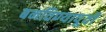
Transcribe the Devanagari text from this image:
बनविण्यापूर्वी